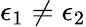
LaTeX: \epsilon_{1}\neq\epsilon_{2}